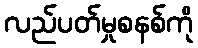
လည်ပတ်မှုစနစ်ကို